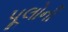
પૂલોની